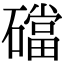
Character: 礑